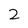
Character: 2